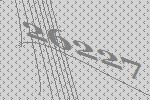
26227